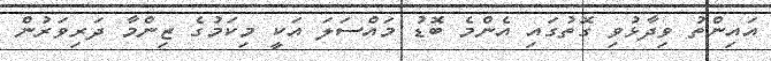
އައިންތު ވިދާޅުވި ގޮތުގައި އެންމެ ބޮޑު މައްސަލަ އަކީ މިކަމުގެ ޒިންމާ ދަރިވަރުން